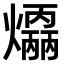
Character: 𤑣